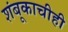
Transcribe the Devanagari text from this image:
शंबूकाचीही